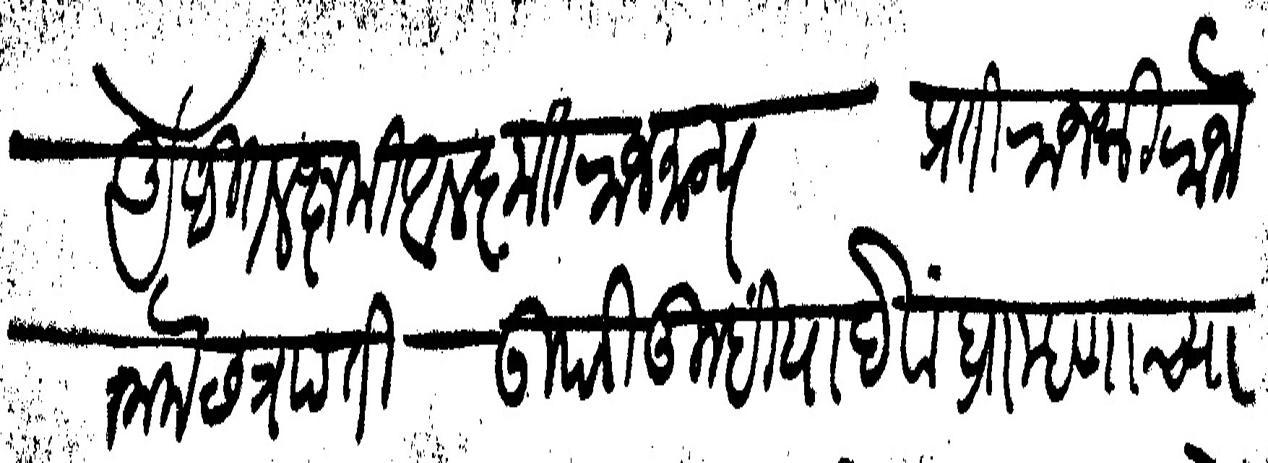
Transliteration (Devanagari): अखडित लक्षमी आलकृत राजमान्य	 प्रति राजश्री राजाराम छत्रपति उपरि तुम्हीं या देवांब्राम्हणाच्या